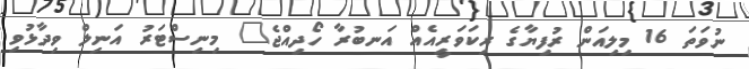
ނުވަތަ 16 މިލިއަން ރުފިޔާގެ ރިކަވަރީއެއް އަނބުރާ ހޯދިއްޖެ" މިނިސްޓަރު އަނިލް ވިދާޅުވި